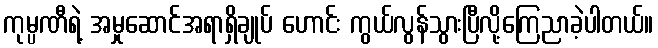
ကုမ္ပဏီရဲ့ အမှုဆောင်အရာရှိချုပ် ဟောင်း ကွယ်လွန်သွားပြီလို့ကြေညာခဲ့ပါတယ်။